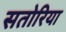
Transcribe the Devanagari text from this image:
सतोरिया